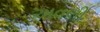
અવલી